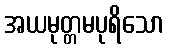
အယမုတ္တမပုရိသော